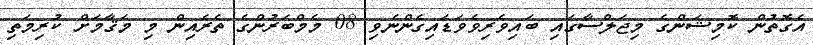
އެގޮތުން ކޮމިޝަންގެ މިޖަލްސާގައި ބައިވެރިވެވަޑައިގެންނެވި 08 މެމްބަރުންގެ ތެރެއިން މި މަޤާމަށް ކުރިމަތި